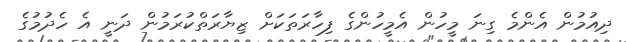
ދިއުމުން އެންމެ ގިނަ މީހުން އެމީހުންގެ ފިހާރަތަކަށް ޒިޔާރަތްކުރަމުން ދަނީ އެ ހެދުމުގެ